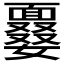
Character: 𩈽